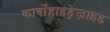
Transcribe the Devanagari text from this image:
कार्बोहाइड्रेज़ाइड